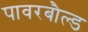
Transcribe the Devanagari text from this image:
पावरबौल्ड